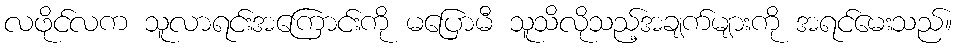
လဖိုင်လက သူလာရင်းအကြောင်းကို မပြောမီ သူသိလိုသည့်အချက်များကို အရင်မေးသည်။